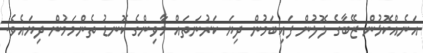
އަނެއްކޮޅުން ޒޭބާގެ ލޮލުން ފައިބަމުން ދިޔަ ކަރުނަތައް މާވިންގެ ކޮނޑު ތެންމަމުން ދިޔައެވެ.